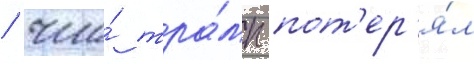
/ что́ тра́мп пот'ер'я́л